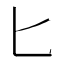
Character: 匕